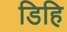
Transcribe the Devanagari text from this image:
डिहि